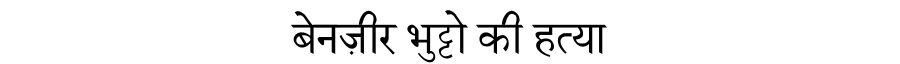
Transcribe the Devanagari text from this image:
बेनज़ीर भुट्टो की हत्या